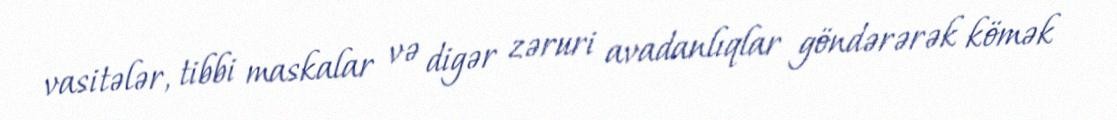
vasitələr, tibbi maskalar və digər zəruri avadanlıqlar göndərərək kömək